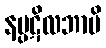
နပ္ပဋိလဘာမိ